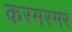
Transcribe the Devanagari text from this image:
करमरमर